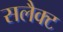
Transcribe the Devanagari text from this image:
सलैक्ट